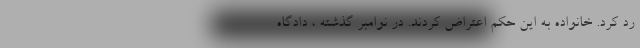
رد کرد. خانواده به این حکم اعتراض کردند. در نوامبر گذشته ، دادگاه